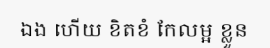
ឯង ហើយ ខិតខំ កែលម្អ ខ្លួន